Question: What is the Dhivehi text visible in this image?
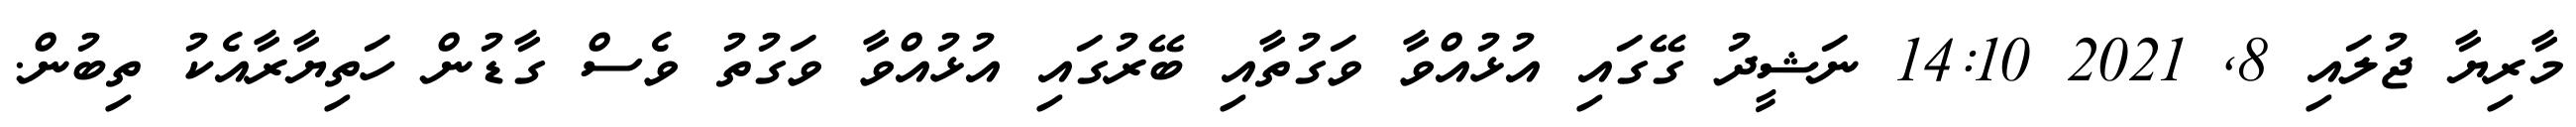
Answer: މާރިޔާ ޖުލައި 8, 2021 14:10 ނަޝީދު ގޭގައި އުޅުއްވާ ވަގުތާއި ބޭރުގައި އުޅުއްވާ ވަގުތު ވެސް ގާޑުން ހަތިޔާރާއެކު ތިބުން.